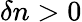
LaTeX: \delta n>0